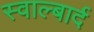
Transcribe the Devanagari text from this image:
स्वाल्बार्द